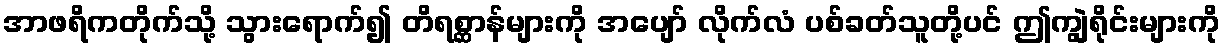
အာဖရိကတိုက်သို့ သွားရောက်၍ တိရစ္ဆာန်များကို အပျော် လိုက်လံ ပစ်ခတ်သူတို့ပင် ဤကျွဲရိုင်းများကို